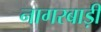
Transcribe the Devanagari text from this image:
नागरबाड़ी